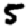
Digit: 5